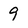
Character: 9